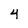
Character: 4